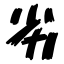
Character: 劣